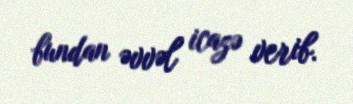
bundan əvvəl icazə verib.